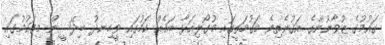
ގައުމުގެ ޒުވާނުންގެ އަގުނެތިވެ މަގުމަތީގައި މުގޯލިއަޅާ ބައެއް ކަމުގައި ވީހިނދު ބިދޭސީން މިގައުމުގައި